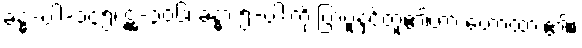
ခန္ဓ-ပါ-၁၄၅၊ ဋ္ဌ-၃၀၆၊ ခန္ဓာ ၅-ပါးကို ပြာပူနှင့်တူ၏ဟာ ဟောထား၏။